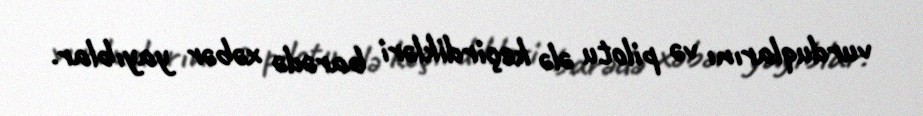
vurduqlarını və pilotu ələ keçirdikləri barədə xəbər yayıblar.